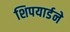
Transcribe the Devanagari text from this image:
शिपयार्डने